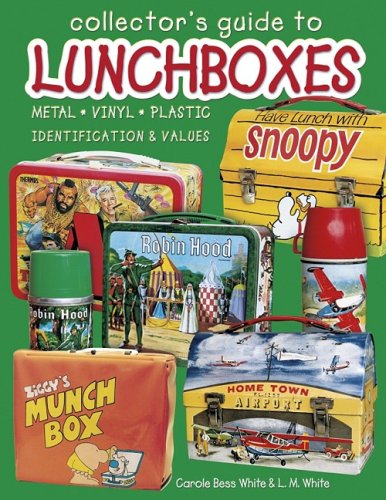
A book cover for Collector's Guide to Lunchboxes: Metal, Vinyl, Plastic: Identification & Values; Carole Bess; Humor & Entertainment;